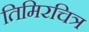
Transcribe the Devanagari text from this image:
तिमिरचित्र